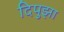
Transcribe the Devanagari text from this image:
दिपुझा